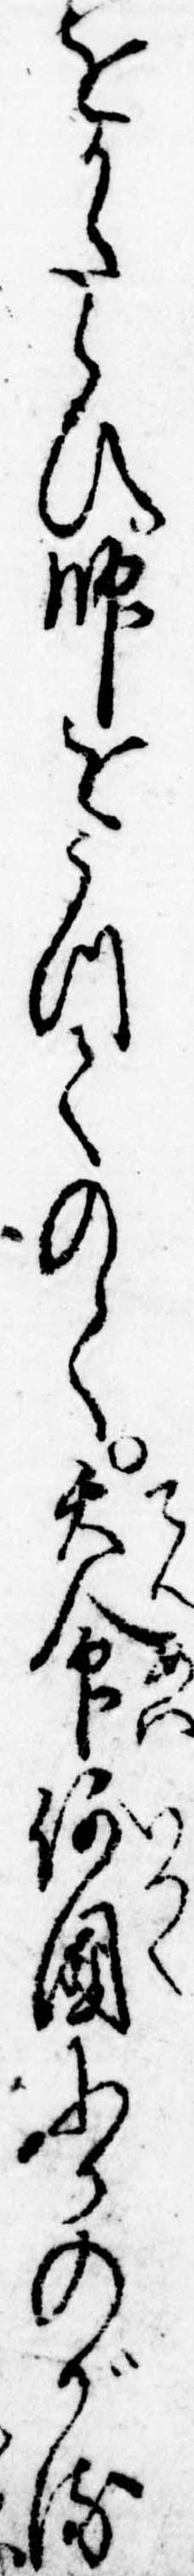
をかたらひ師をうつてのく天命何国にかのがる